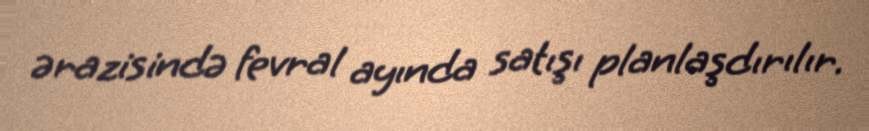
ərazisində fevral ayında satışı planlaşdırılır.